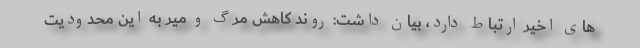
های اخیر ارتباط دارد، بیان داشت: روند کاهش مرگ و میر به این محدودیت